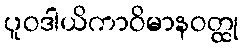
ပူဝဒါယိကာဝိမာနဝတ္ထု